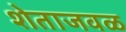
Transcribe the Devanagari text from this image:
शेताजवळ